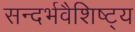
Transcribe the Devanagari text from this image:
सन्दर्भवैशिष्ट्य